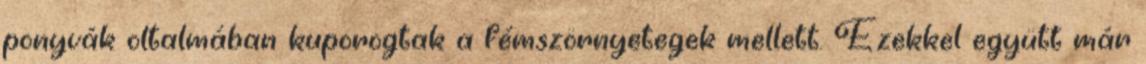
ponyvák oltalmában kuporogtak a fémszörnyetegek mellett. Ezekkel együtt már